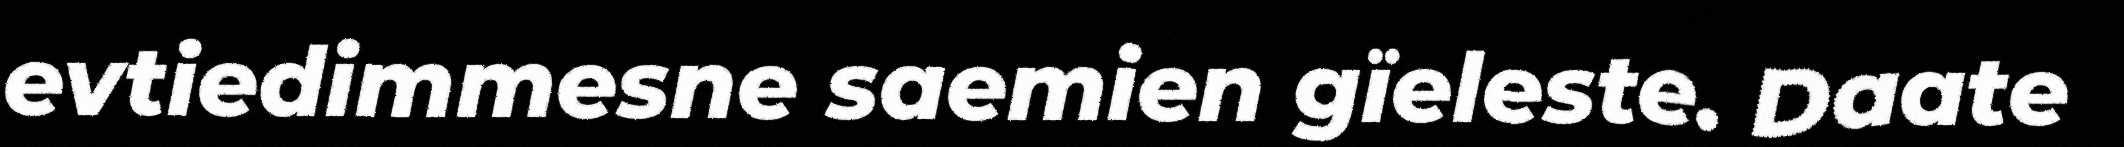
evtiedimmesne saemien gïeleste. Daate